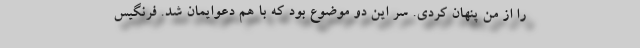
را از من پنهان کردی. سر این دو موضوع بود که با هم دعوایمان شد. فرنگیس